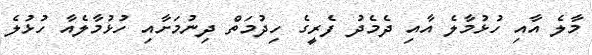
މާލެ އާއި ހުޅުމާލެ އާއި ދެމެދު ފެރީގެ ހިދުމަތް ދިނުމަށާއި ހުޅުމާލެއާ ހުޅުލެ